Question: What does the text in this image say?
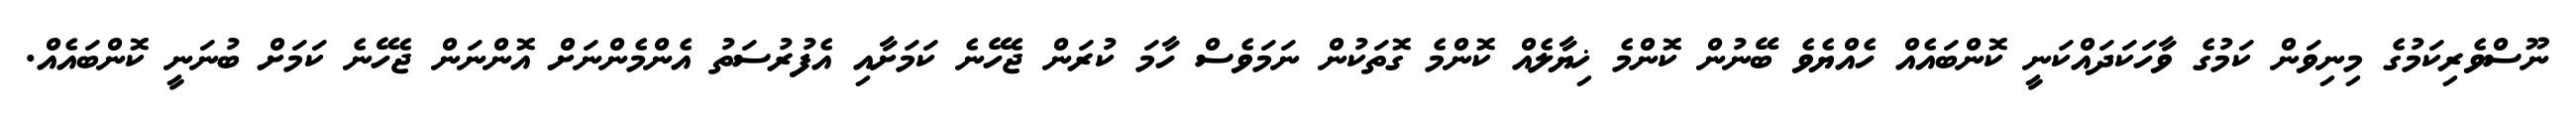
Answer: ނޫސްވެރިކަމުގެ މިނިވަން ކަމުގެ ވާހަކަދައްކަނީ ކޮންބައެއް ހެއްޔެވެ ބޭނުން ކޮންމެ ޚިޔާލެއް ކޮންމެ ގޮތަކުން ނަމަވެސް ހާމަ ކުރަން ޖެހޭނެ ކަމަށާއި އެފުރުސަތު އެންމެންނަށް އޮންނަން ޖެހޭނެ ކަމަށް ބުނަނީ ކޮންބައެއް.